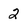
Character: 2